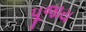
પૂજાય